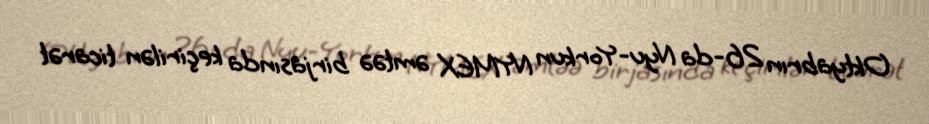
Oktyabrın 26-da Nyu-Yorkun NYMEX əmtəə birjasında keçirilən ticarət